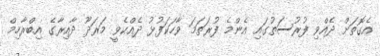
އެގޮތަށް ދެއްވި ފުރުސަތުގައި އެންމެ ފުރަތަމަ ވާހަކަފުޅު ދެއްކެވީ މަރަދޫ ދާއިރާގެ އިބްރާހިމް